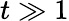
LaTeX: t\gg 1